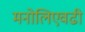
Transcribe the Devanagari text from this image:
मनोलिएवढी